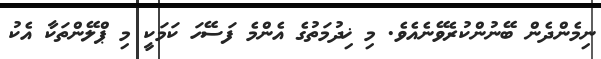
ނިމެންދެން ބޭނުންކުރެވޭނެއެވެ. މި ޚިދުމަތުގެ އެންމެ ފަސޭހަ ކަމަކީ މި ޕްލޭންތަކާ އެކު